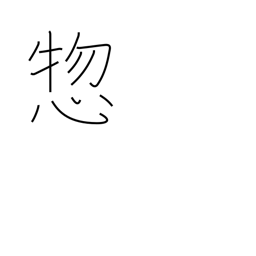
Meaning: all